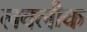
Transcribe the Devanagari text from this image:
लवलौक